V__Kingissepa_nim__kolhoos, lk 77
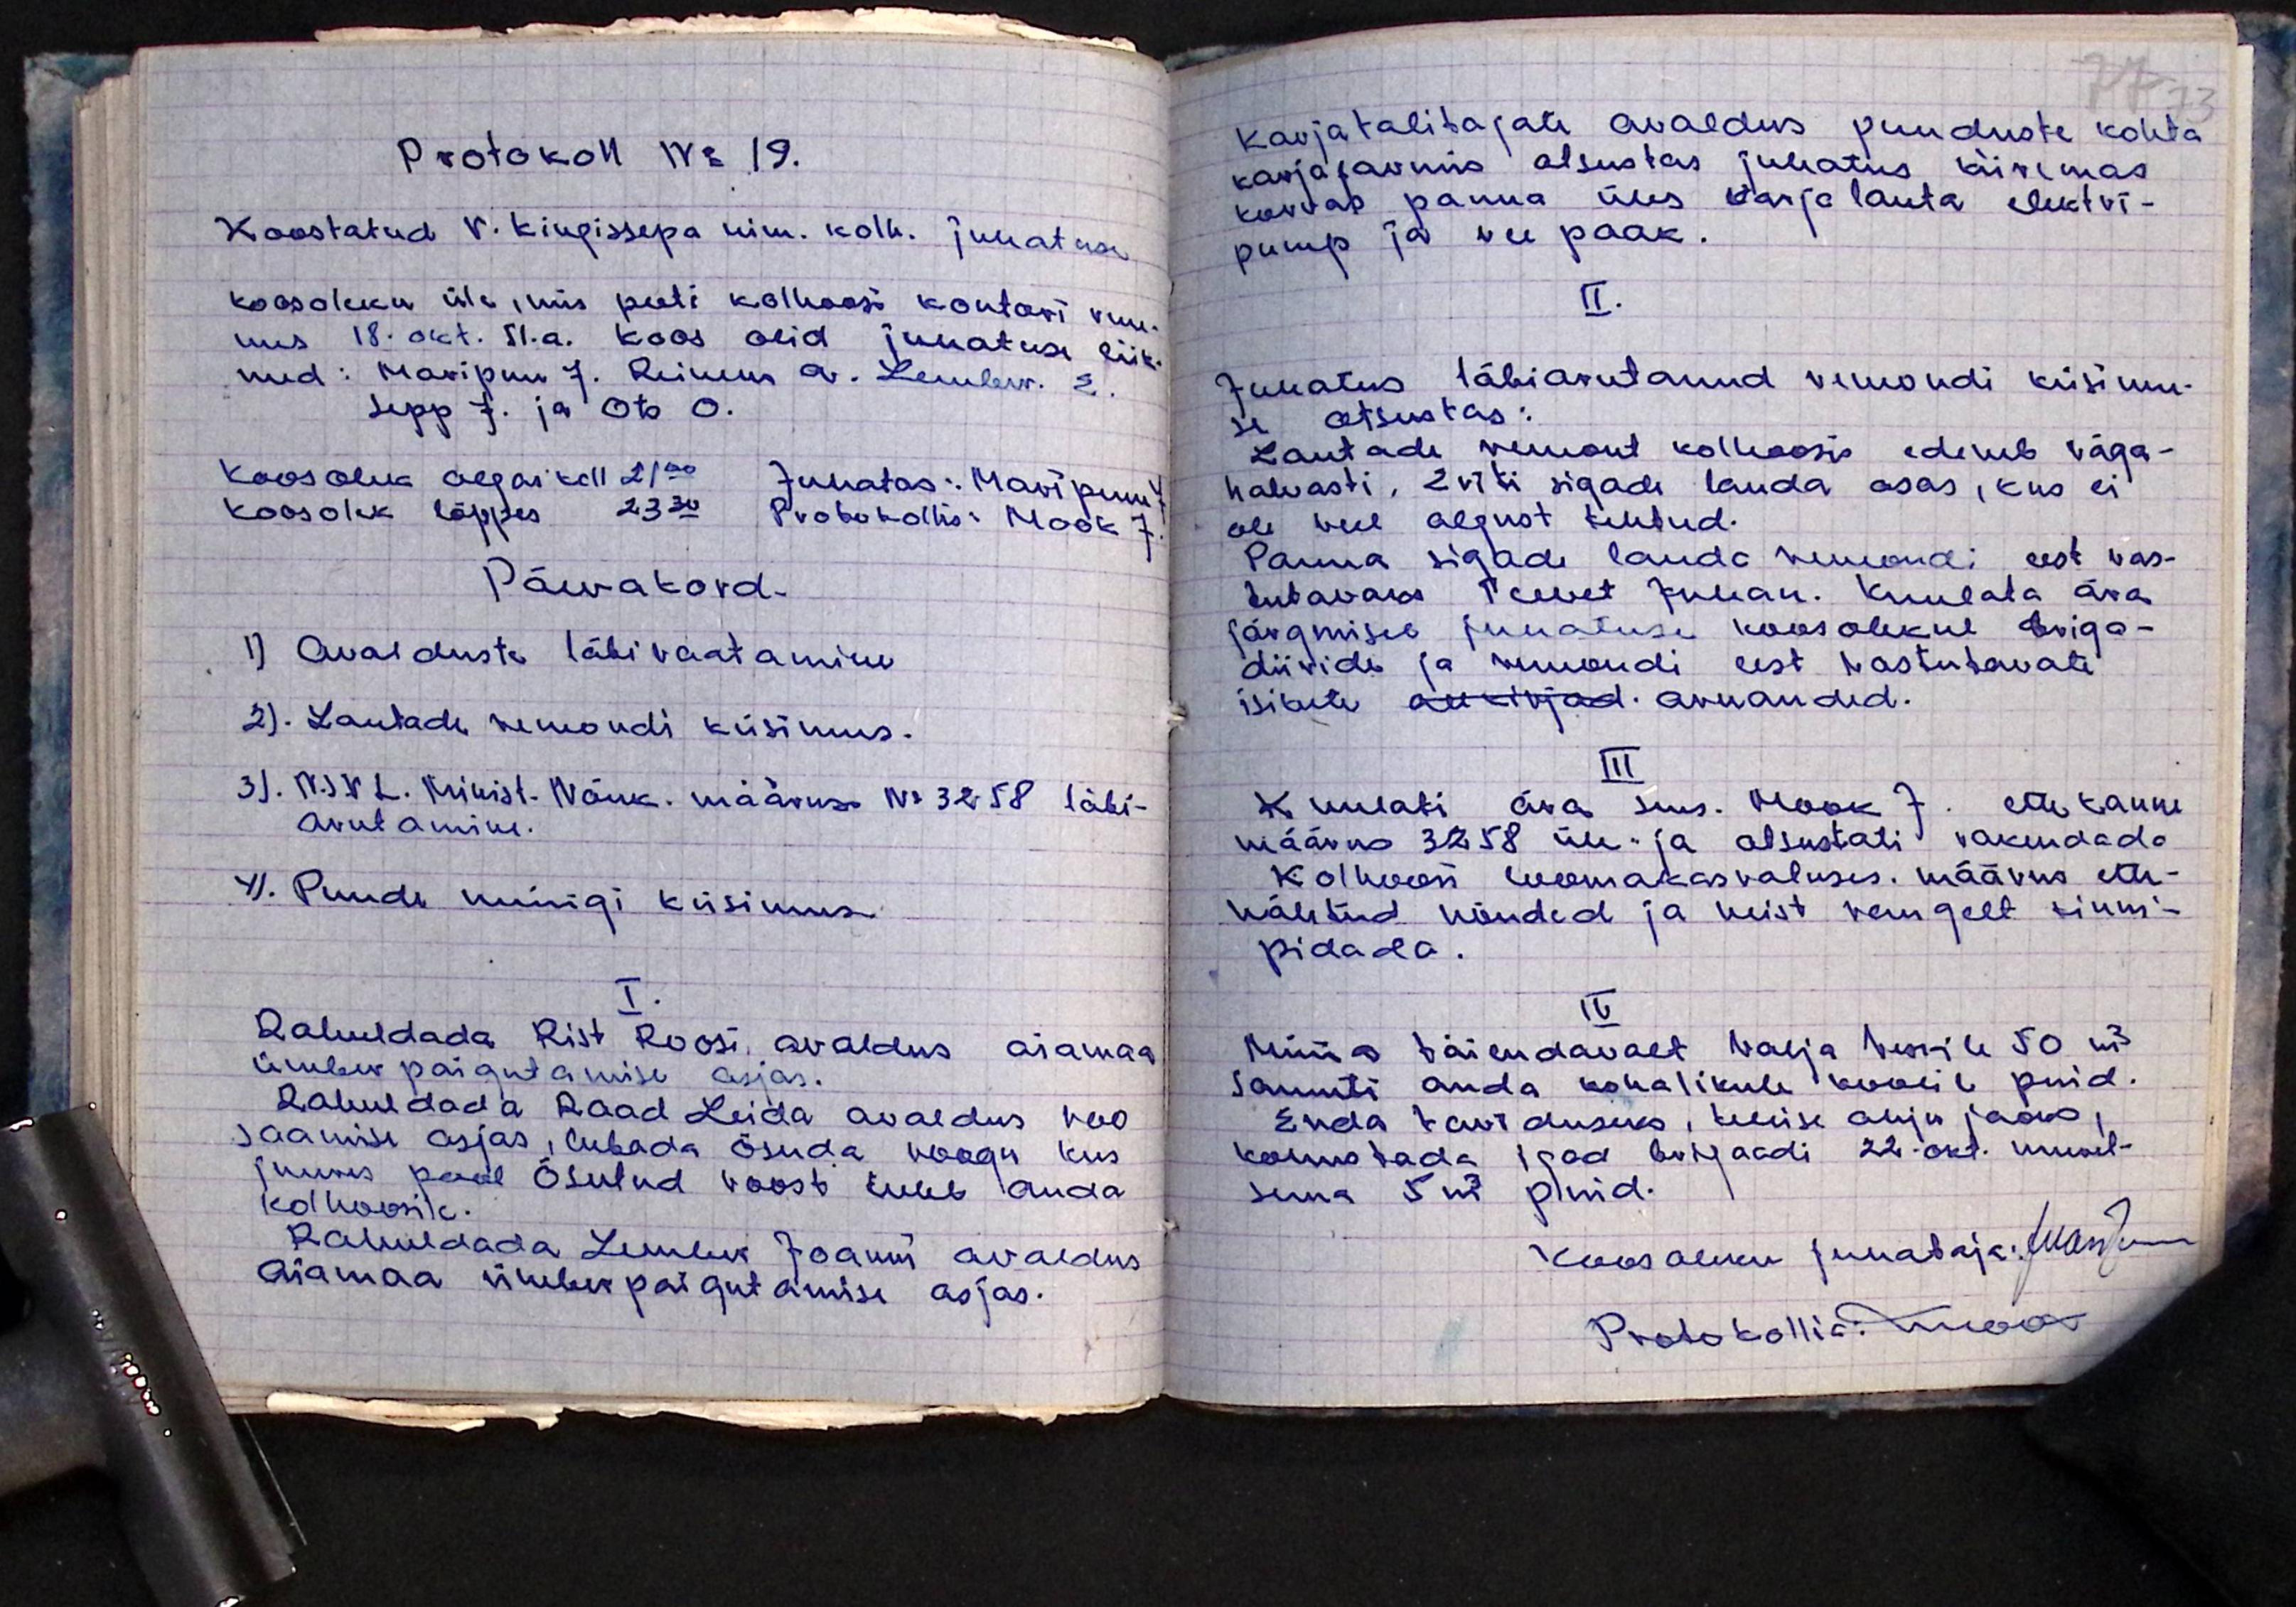
Protokoll No 19.
Koostatud V. Kingissepa nim. kolh. juhatuse
koosoleku üle, mis peeti kolhoosi kontori ruu.
mes 18. okt. 51.a. koos olid juhatuse liik-
med: Maripuu J. Reinem A. Lember. E.
Sepp J. ja Ots O.
Koosolek algas kell 2100 Juhatas: Maripuu J.
Koosolek lõppes 23.30 Protokollis: Mook J.
Päevakord
1). Avalduste läbivaatamine
2). Lautade remondi küsimus.
3). N.S.V.L Minist. Nõuk. määruse No 3258 läbi-
arutamine.
4). Puude uuinigi küsimusi
I.
Rahuldada Rist Roosi avaldus aiamaa
ümber paigutamise asjas.
Rahuldada Raad Leida avaldus roo
saamise asjas, lubada õsuda roogu kus
juures peal õsutud roost tuleb anda
kolhoosile.
Rahuldada Lember Joanni avaldus
aiamaa ümberpaigutamise asjas.

Karjatalitajate avaldus puuduste kohta
karjafarmis otsustas juhatus kiiremas
korras panna üles karjalauta elektri-
pump ja vee paak.
II.
Juhatus läbiarutanud remondi küsimu-
se otsustas:
Lautade remont kolhoosis edeneb väga-
halvasti, Eriti sigade lauda osas, kus ei
ole veel algust tehtud.
Panna sigade lauda remondi eest vas-
tutavaks Teevet Juhan. Kuulata ära
järgmisel juhatuse koosolekul briga-
diiride ja remondi eest vastutavate
isikute allkirjad aruanded.
III
Kuulati ära sms Mook J. ettekanne
määrus 3258 üle ja otsustati rakendada
kolhoosi loomakasvatuses. määrus ette-
nähtud nõuded ja neist rangelt kinni-
pidada.
IV
Müüa täiendavalt välja herile 50 m3
Samuti anda kohalikule koolile puid.
Enda tarviduseks, tellise ahju jaoks,
kohustada igad brigaadi 22. okt. muret-
sema 5m3 puid.
koosoleku juhataja: Martin
Protokollia: kueos